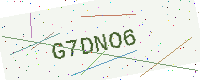
Text: G7DNO6